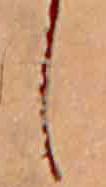
し